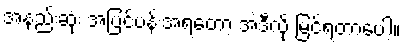
အနည်းဆုံး အပြင်ပန်းအရတော့ အဲဒီလို မြင်ရတာပေါ့။